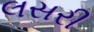
લસરી